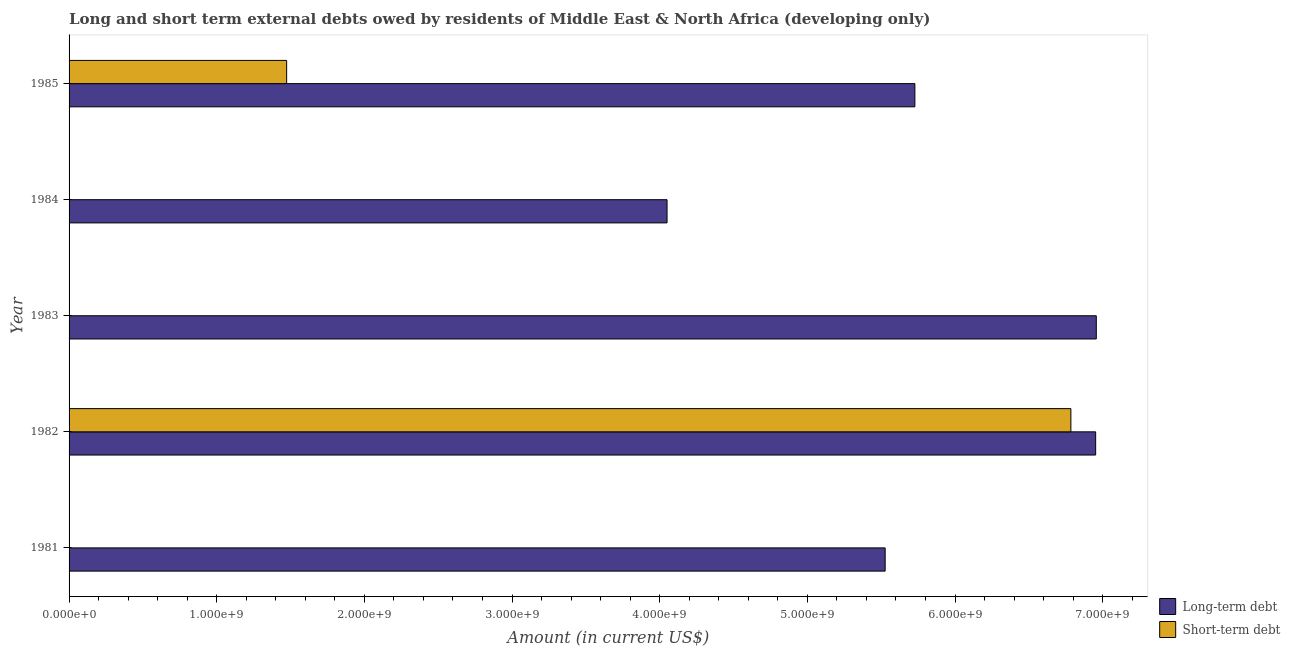
| Year | Long-term debt | Short-term debt |
 | --- | --- | --- |
 | 1981 | 5.53e+09 | -2.22e+08 |
 | 1982 | 6.95e+09 | 6.78e+09 |
 | 1983 | 6.96e+09 | -1.33e+09 |
 | 1984 | 4.05e+09 | -1.09e+09 |
 | 1985 | 5.73e+09 | 1.47e+09 |